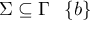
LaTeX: \Sigma \subseteq \Gamma \setminus \{ b \}